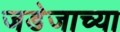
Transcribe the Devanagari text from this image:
जडेजाच्या